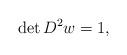
LaTeX: \begin{align*}\det D^{2}w=1,\end{align*}